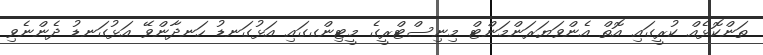
ތަންކޮޅެއް ކުރީގައި އޮތް އެންވަޔަރަންމަންޓް މިނިސްޓްރީގެ މީޓިންގގައި އަޅުގަނޑު ހަނދާންވޭ އަޅުގަނޑު ދެންނެވި